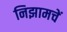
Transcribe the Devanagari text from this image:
निझामचें